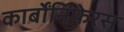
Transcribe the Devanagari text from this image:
कार्बोंनिफेरस